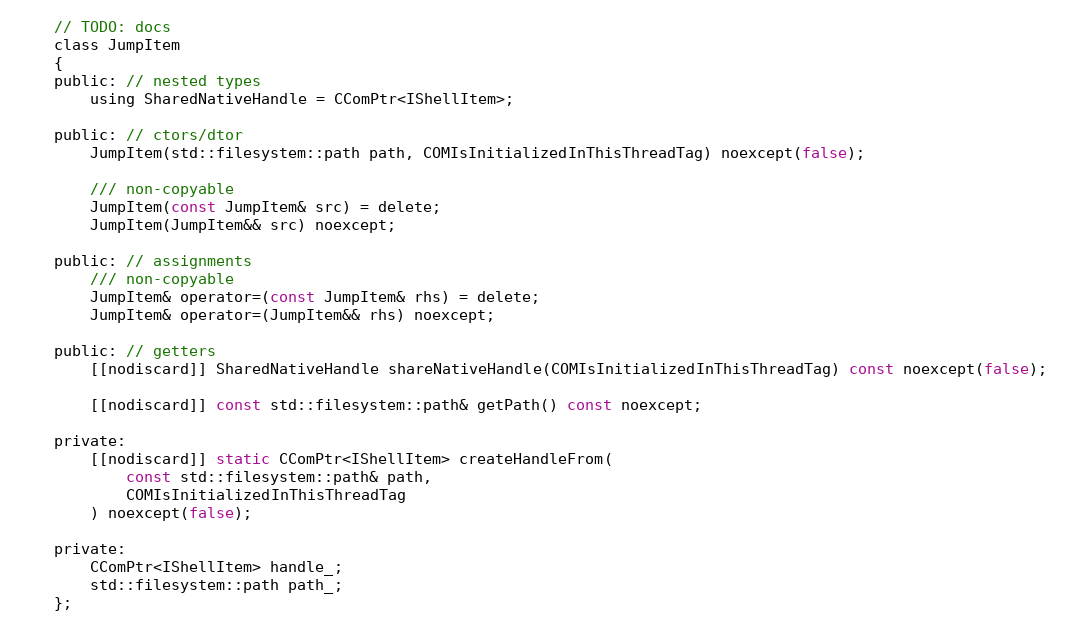
Language: C
    // TODO: docs
    class JumpItem
    {
    public: // nested types
        using SharedNativeHandle = CComPtr<IShellItem>;

    public: // ctors/dtor
        JumpItem(std::filesystem::path path, COMIsInitializedInThisThreadTag) noexcept(false);

        /// non-copyable
        JumpItem(const JumpItem& src) = delete;
        JumpItem(JumpItem&& src) noexcept;

    public: // assignments
        /// non-copyable
        JumpItem& operator=(const JumpItem& rhs) = delete;
        JumpItem& operator=(JumpItem&& rhs) noexcept;

    public: // getters
        [[nodiscard]] SharedNativeHandle shareNativeHandle(COMIsInitializedInThisThreadTag) const noexcept(false);

        [[nodiscard]] const std::filesystem::path& getPath() const noexcept;

    private:
        [[nodiscard]] static CComPtr<IShellItem> createHandleFrom(
            const std::filesystem::path& path,
            COMIsInitializedInThisThreadTag
        ) noexcept(false);

    private:
        CComPtr<IShellItem> handle_;
        std::filesystem::path path_;
    };